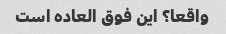
واقعا؟ این فوق العاده است